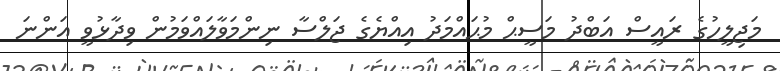
މަޖިލީހުގެ ރައީސް އަބްދު މަސީޙް މުޙައްމަދު އިއްޔެގެ ޖަލްސާ ނިންމަވާލައްވަމުން ވިދާޅުވީ އަންނަ